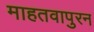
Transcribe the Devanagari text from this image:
माहतवापुरन